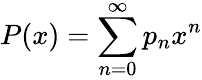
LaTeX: P(x)=\sum_{n=0}^{\infty}p_{n}x^{n}